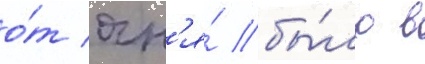
о́т огн'я́ бы́ло в